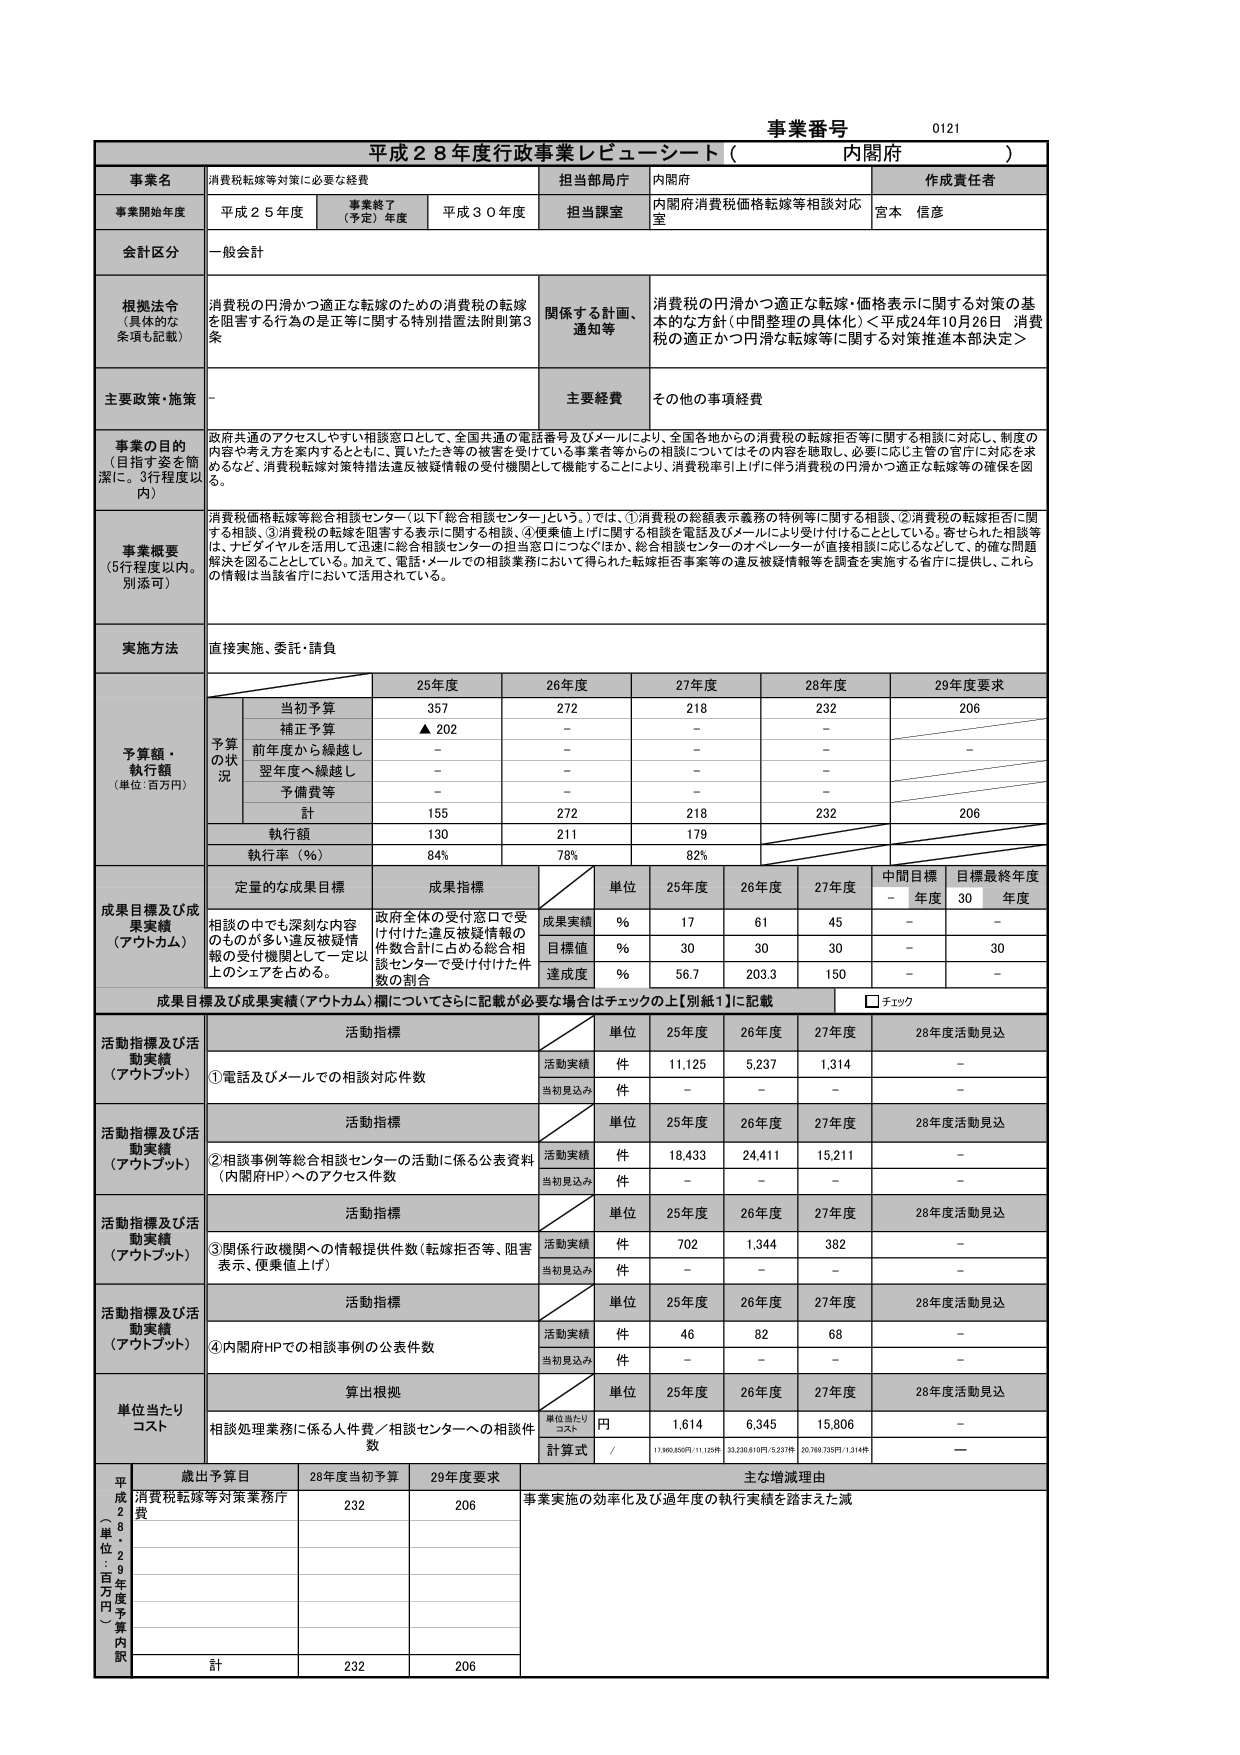
事業番号 0121
平成２８年度行政事業レビューシート（内閣府）

事業名 消費税転嫁等対策に必要な経費
担当部局庁 内閣府
作成責任者 宮本 信彦

事業開始年度 平成２５年度 （事業終了（予定）年度 平成３０年度）
担当課室 内閣府消費税価格転嫁等相談対応室

全計区分 一般会計

根拠法令（具体的な条項も記載）
消費税の円滑かつ適正な転嫁のための消費税の転嫁を阻害する行為の是正等に関する特別措置法附則第3条
関係する計画、通知等
消費税の円滑かつ適正な転嫁・価格表示に関する対策の基本的な方針（中間整理の具体化）＜平成24年10月26日 消費税の適正かつ円滑な転嫁等に関する対策推進本部決定＞

主要政策・施策 －
主要経費 その他の事項経費

事業の目的（目指す姿を簡潔に。3行程度以内）
政府共通のアクセスしやすい相談窓口として、全国共通の電話番号及びメールにより、全国各地からの消費税の転嫁拒否等に関する相談に対応し、制度の内容や考え方を案内するとともに、買いたたき等の被害を受けている事業者等からの相談についてはその内容を聴取し、必要に応じ主管の官庁に対応を求めるなど、消費税転嫁対策特措法違反被疑情報の受付機関として機能することにより、消費税率引上げに伴う消費税の円滑かつ適正な転嫁等の確保を図る。

事業概要（5行程度以内。別添可）
消費税価格転嫁等総合相談センター（以下「総合相談センター」という。）では、①消費税の総額表示義務の特例等に関する相談、②消費税の転嫁拒否に関する相談、③消費税の転嫁を阻害する表示に関する相談、④便乗値上げに関する相談を電話及びメールにより受け付けることとしている。寄せられた相談等は、ナビダイヤルを活用して迅速に総合相談センターの担当窓口につなぐほか、総合相談センターのオペレーターが直接相談に応じるなどして、的確な問題解決を図ることとしている。加えて、電話・メールでの相談業務において得られた転嫁拒否事案等の違反被疑情報等を調査を実施する省庁に提供し、これらの情報は当該省庁において活用されている。

実施方法 直接実施、委託・請負

予算額・執行額（単位：百万円）
25年度 26年度 27年度 28年度 29年度要求
予算の状況
当初予算 357 272 218 232 206
補正予算 ▲202 － － － －
前年度から繰越し － － － － －
翌年度へ繰越し － － － － －
予備費等 － － － － －
計 155 272 218 232 206
執行額 130 211 179
執行率（％） 84% 78% 82%

成果目標及び成果実績（アウトカム）
定量的な成果目標
成果指標
単位 25年度 26年度 27年度 中間目標 －年度 目標最終年度 30年度
成果実績 ％ 17 61 45 － －
目標値 ％ 30 30 30 － 30
達成度 ％ 56.7 203.3 150 － －

成果目標及び成果実績（アウトカム）欄についてさらに記載が必要な場合はチェックの上［別紙1］に記載 □チェック

活動指標及び活動実績（アウトプット）
活動指標
単位 25年度 26年度 27年度 28年度活動見込
①電話及びメールでの相談対応件数
活動実績 件 11,125 5,237 1,314 －
当初見込み 件 － － － －

活動指標及び活動実績（アウトプット）
活動指標
単位 25年度 26年度 27年度 28年度活動見込
②相談事例等総合相談センターの活動に係る公表資料（内閣府HP）へのアクセス件数
活動実績 件 18,433 24,411 15,211 －
当初見込み 件 － － － －

活動指標及び活動実績（アウトプット）
活動指標
単位 25年度 26年度 27年度 28年度活動見込
③関係行政機関への情報提供件数（転嫁拒否等、阻害表示、便乗値上げ）
活動実績 件 702 1,344 382 －
当初見込み 件 － － － －

活動指標及び活動実績（アウトプット）
活動指標
単位 25年度 26年度 27年度 28年度活動見込
④内閣府HPでの相談事例の公表件数
活動実績 件 46 82 68 －
当初見込み 件 － － － －

単位当たりコスト
算出根拠
単位当たりコスト
単位 25年度 26年度 27年度 28年度活動見込
相談処理業務に係る人件費／相談センターへの相談件数
単位当たりコスト 円 1,614 6,345 15,806 －
計算式 / 17,960,850円/11,125件 33,230,610円/5,237件 20,769,735円/1,314件 —

平成28年度（単位：百万円）予算額
歳出予算目 28年度当初予算 29年度要求 主な増減理由
消費税転嫁等対策業務庁費 232 206 事業実施の効率化及び過年度の執行実績を踏まえた減
計 232 206